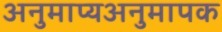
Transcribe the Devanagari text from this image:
अनुमाप्यअनुमापक